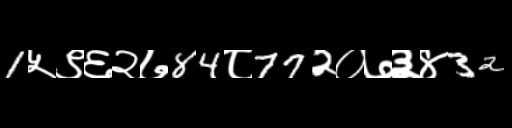
Text: 1५९६२७84८772०७३४32